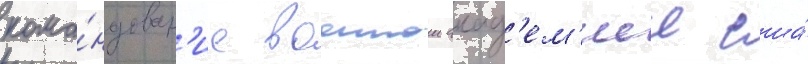
кома́ндован'ие военнои акад'ем'иеи сша́